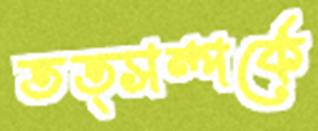
তত্সম্পর্কে